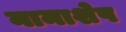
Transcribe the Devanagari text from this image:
नामाशेष